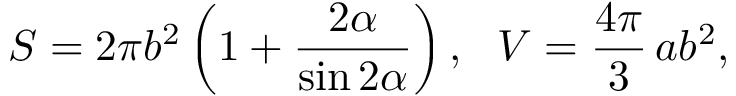
S = 2 \pi b ^ { 2 } \left( 1 + \frac { 2 \alpha } { \sin 2 \alpha } \right) , ~ ~ V = \frac { 4 \pi } { 3 } \, a b ^ { 2 } ,